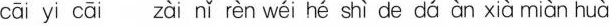
ｃāｉｙｉｃāｉｚàｉｎǐｒèｎｗéｉｈéｓｈìｄèｄá àｎｘｉà ｍiànｈｕà